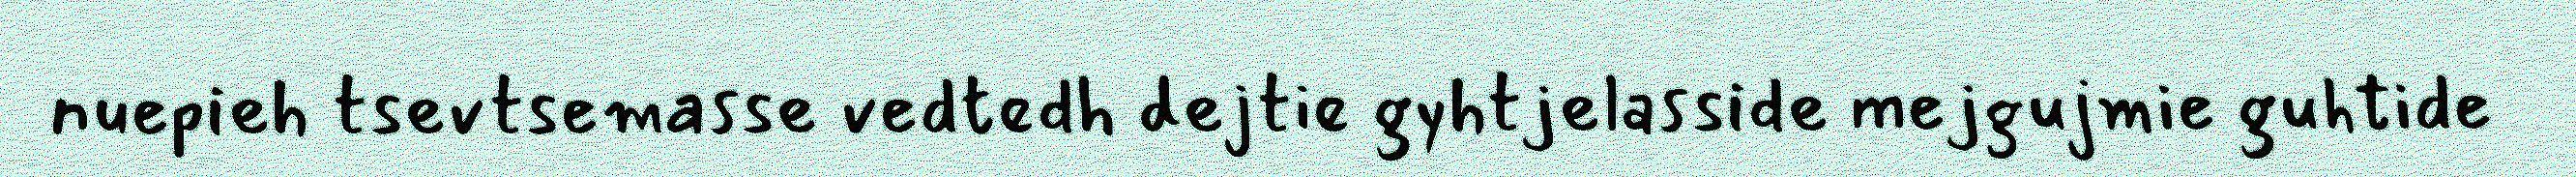
nuepieh tsevtsemasse vedtedh dejtie gyhtjelasside mejgujmie guhtide